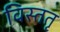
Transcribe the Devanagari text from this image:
विस्ततृ